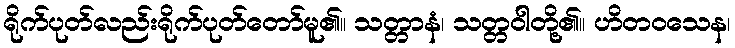
ရိုက်ပုတ်လည်းရိုက်ပုတ်တော်မူ၏။ သတ္တာနံ၊ သတ္တဝါတို့၏။ ဟိတဝသေန၊